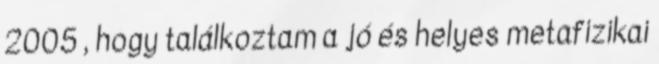
2005 , hogy találkoztam a jó és helyes metafizikai